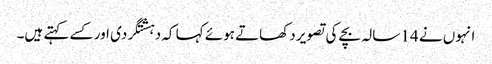
انہوں نے 14 سالہ بچے کی تصویر دکھاتے ہوئے کہا کہ دہشتگردی اور کسے کہتے ہیں۔